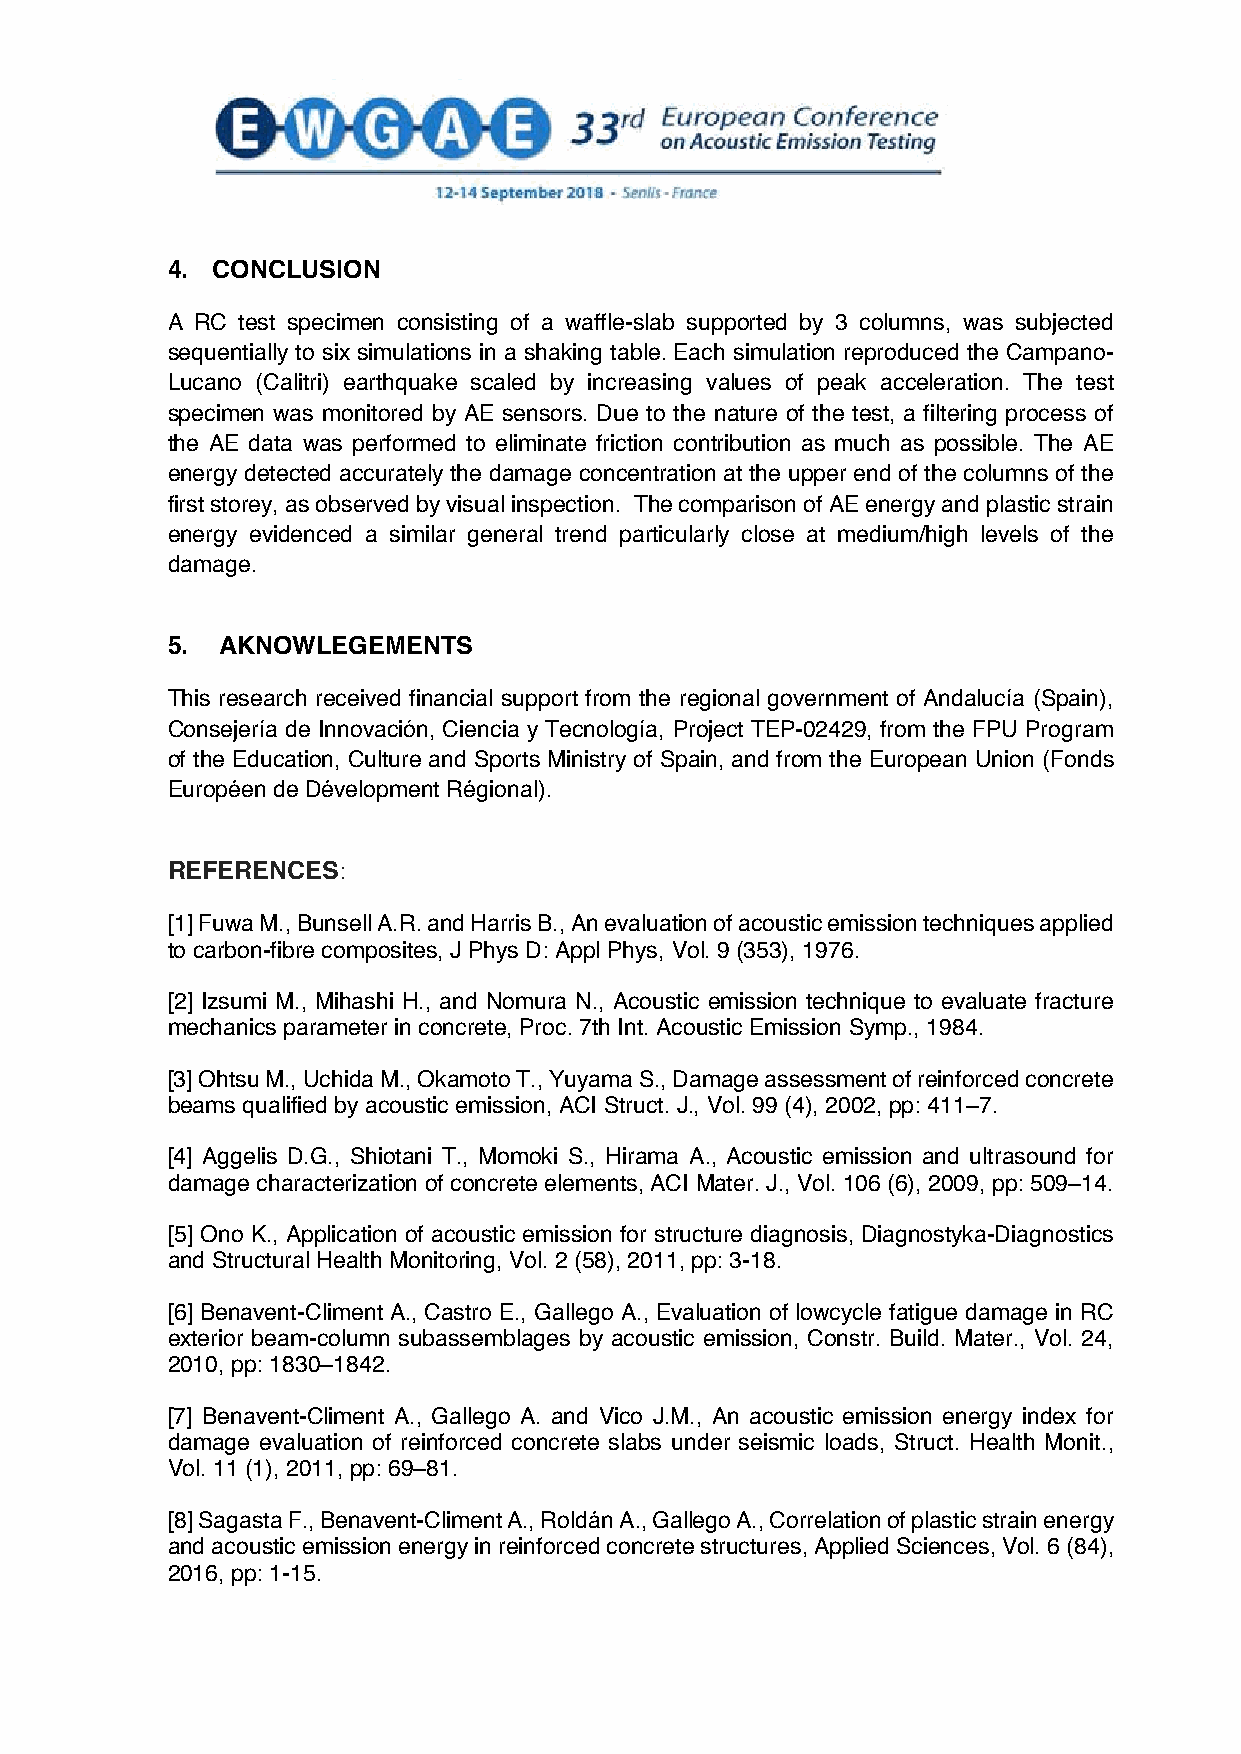
4. CONCLUSION
 A RC test specimen consisting of a waffle-slab supported by 3 columns, was subjected
 sequentially to six simulations in a shaking table. Each simulation reproduced the Campano-
 Lucano (Calitri) earthquake scaled by increasing values of peak acceleration. The test
 specimen was monitored by AE sensors. Due to the nature of the test, a filtering process of
 the AE data was performed to eliminate friction contribution as much as possible. The AE
 energy detected accurately the damage concentration at the upper end of the columns of the
 first storey, as observed by visual inspection. The comparison of AE energy and plastic strain
 energy evidenced a similar general trend particularly close at medium/high levels of the
 damage.
 5.  AKNOWLEGEMENTS
 This research received financial support from the regional government of Andalucía (Spain),
 Consejería de Innovación, Ciencia y Tecnología, Project TEP-02429, from the FPU Program
 of the Education, Culture and Sports Ministry of Spain, and from the European Union (Fonds
 Européen de Dévelopment Régional).
 REFERENCES:
 [1] Fuwa M., Bunsell A.R. and Harris B., An evaluation of acoustic emission techniques applied
 to carbon-fibre composites, J Phys D: Appl Phys, Vol. 9 (353), 1976.
 [2] Izsumi M., Mihashi H., and Nomura N., Acoustic emission technique to evaluate fracture
 mechanics parameter in concrete, Proc. 7th Int. Acoustic Emission Symp., 1984.
 [3] Ohtsu M., Uchida M., Okamoto T., Yuyama S., Damage assessment of reinforced concrete
 beams qualified by acoustic emission, ACI Struct. J., Vol. 99 (4), 2002, pp: 411–7.
 [4] Aggelis D.G., Shiotani T., Momoki S., Hirama A., Acoustic emission and ultrasound for
 damage characterization of concrete elements, ACI Mater. J., Vol. 106 (6), 2009, pp: 509–14.
 [5] Ono K., Application of acoustic emission for structure diagnosis, Diagnostyka-Diagnostics
 and Structural Health Monitoring, Vol. 2 (58), 2011, pp: 3-18.
 [6] Benavent-Climent A., Castro E., Gallego A., Evaluation of lowcycle fatigue damage in RC
 exterior beam-column subassemblages by acoustic emission, Constr. Build. Mater., Vol. 24,
 2010, pp: 1830–1842.
 [7] Benavent-Climent A., Gallego A. and Vico J.M., An acoustic emission energy index for
 damage evaluation of reinforced concrete slabs under seismic loads, Struct. Health Monit.,
 Vol. 11 (1), 2011, pp: 69–81.
 [8] Sagasta F., Benavent-Climent A., Roldán A., Gallego A., Correlation of plastic strain energy
 and acoustic emission energy in reinforced concrete structures, Applied Sciences, Vol. 6 (84),
 2016, pp: 1-15.
 7